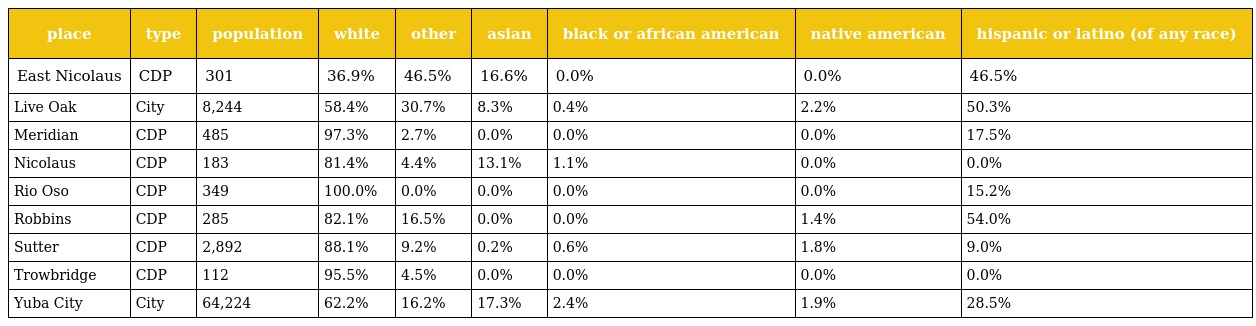
| place | type | population | white | other | asian | black or african american | native american | hispanic or latino (of any race) |
 | --- | --- | --- | --- | --- | --- | --- | --- | --- |
 | East Nicolaus | CDP | 301 | 36.9% | 46.5% | 16.6% | 0.0% | 0.0% | 46.5% |
 | Live Oak | City | 8,244 | 58.4% | 30.7% | 8.3% | 0.4% | 2.2% | 50.3% |
 | Meridian | CDP | 485 | 97.3% | 2.7% | 0.0% | 0.0% | 0.0% | 17.5% |
 | Nicolaus | CDP | 183 | 81.4% | 4.4% | 13.1% | 1.1% | 0.0% | 0.0% |
 | Rio Oso | CDP | 349 | 100.0% | 0.0% | 0.0% | 0.0% | 0.0% | 15.2% |
 | Robbins | CDP | 285 | 82.1% | 16.5% | 0.0% | 0.0% | 1.4% | 54.0% |
 | Sutter | CDP | 2,892 | 88.1% | 9.2% | 0.2% | 0.6% | 1.8% | 9.0% |
 | Trowbridge | CDP | 112 | 95.5% | 4.5% | 0.0% | 0.0% | 0.0% | 0.0% |
 | Yuba City | City | 64,224 | 62.2% | 16.2% | 17.3% | 2.4% | 1.9% | 28.5% |